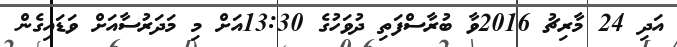
އަދި 24 މާރިޗު 2016ވާ ބުރާސްފަތި ދުވަހުގެ 13:30އަށް މި މަދަރުސާއަށް ވަޑައިގެން